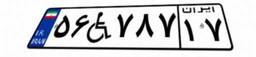
۵۶W۷۸۷۱۷